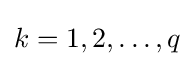
k=1,2,\dots ,q